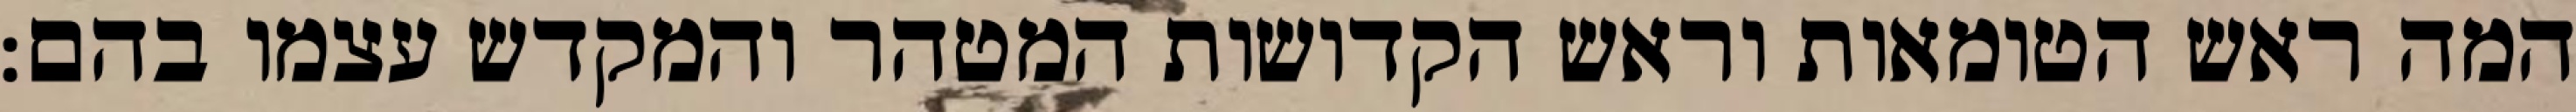
המה ראש הטומאות וראש הקדושות המטהר והמקדש עצמו בהם: